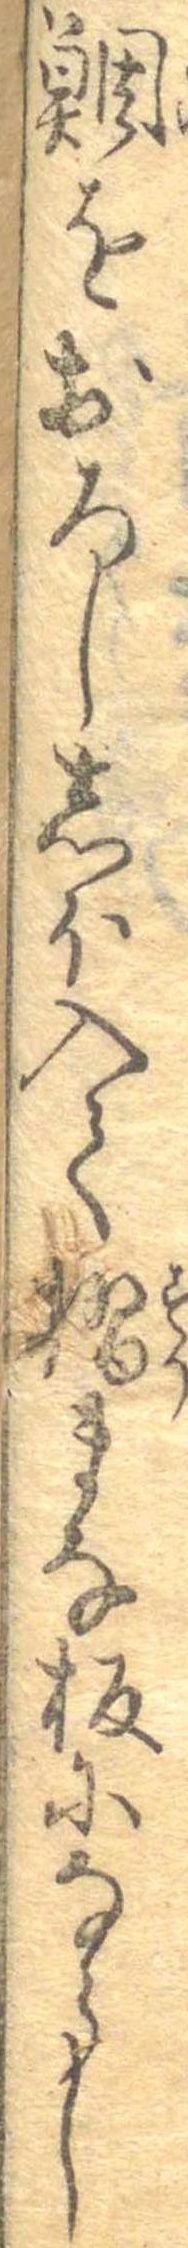
鯛をおろししほ入て摺まな板にならし